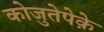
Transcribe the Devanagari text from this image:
कोजुतेपेक़े